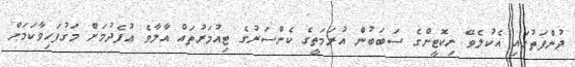
ދުންފަތުގައި އެކުލެވޭ ނިކޮޓީންގެ ސަބަބުން އުރަމަތީގެ ކެންސަރުގެ ޓިއުމަރުތައް އާލާވެ އުފެދުމަށް މަގުފަހިވާކަމަށް